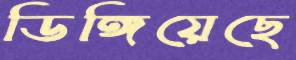
ডিঙ্গিয়েছে